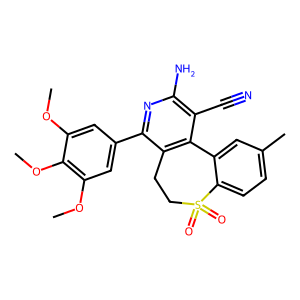
SMILES: COc1cc(-c2nc(N)c(C#N)c3c2CCS(=O)(=O)c2ccc(C)cc2-3)cc(OC)c1OC
Inhibits HIV replication: No